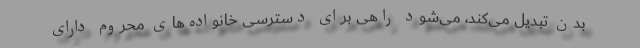
بدن تبدیل می‌کند، می‌شود راهی برای دسترسی خانواده‌های محروم دارای